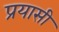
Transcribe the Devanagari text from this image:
प्रयासी